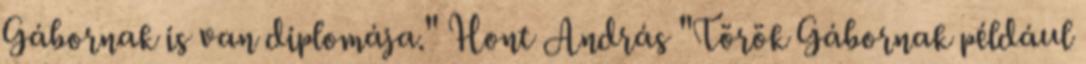
Gábornak is van diplomája." Hont András "Török Gábornak például